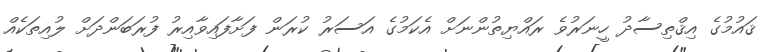
ޤައުމުގެ އިޤްތިސާދު ހީނަރުވެ ރައްޔިތުންނަށް އެކަމުގެ އަސަރު ކުރަން ފަށާފައިވާއިރު ފުރަބަންދަށް ލުއިތަކެއް